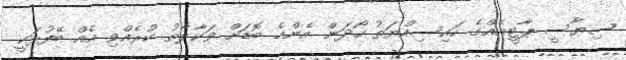
ސިޔާސީ ޕާޓީއެއްގެ ހައިސިއްޔަތު ހޯދަން އެންމެ ބޮޑަށް ވަކާލާތު ކުރެއްވި އެއް ބޭފުޅަކީ